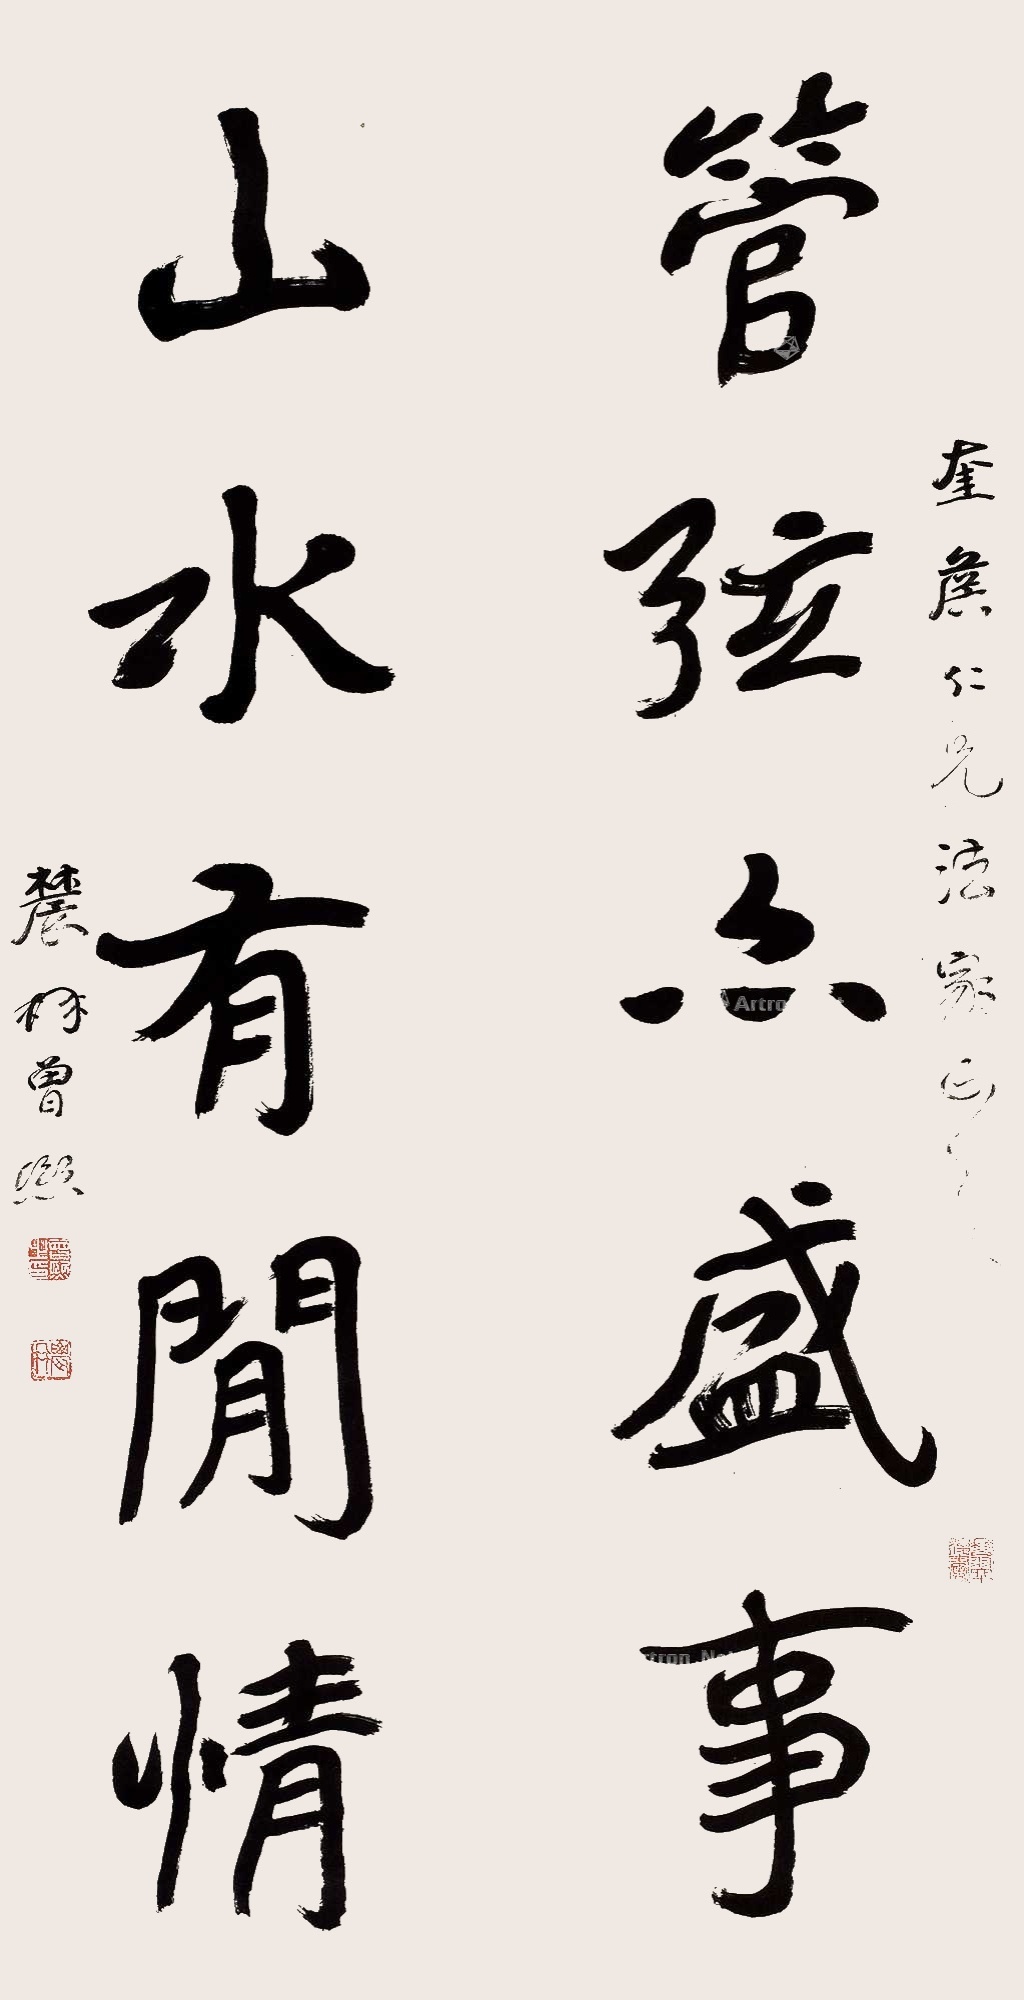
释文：管弦亦盛事，山水有闲情。奎侯仁兄法家正之，农髯曾熙。